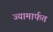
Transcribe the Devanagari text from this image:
ज्यामार्फत